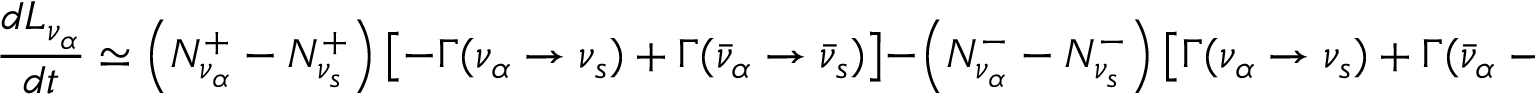
\frac { d L _ { \nu _ { \alpha } } } { d t } \simeq \left( { \cal N } _ { \nu _ { \alpha } } ^ { + } - { \cal N } _ { \nu _ { s } } ^ { + } \right) \left[ - \Gamma ( \nu _ { \alpha } \to \nu _ { s } ) + \Gamma ( \bar { \nu } _ { \alpha } \to \bar { \nu } _ { s } ) \right] - \left( { \cal N } _ { \nu _ { \alpha } } ^ { - } - { \cal N } _ { \nu _ { s } } ^ { - } \right) \left[ \Gamma ( \nu _ { \alpha } \to \nu _ { s } ) + \Gamma ( \bar { \nu } _ { \alpha } \to \bar { \nu } _ { s } ) \right] ,